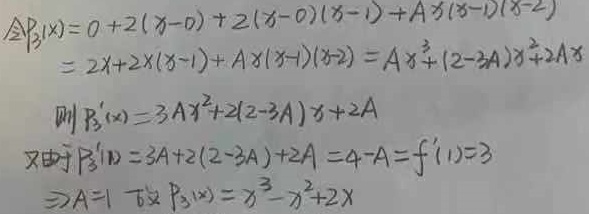
\[
\begin{align*}
\Delta P_3(x)&=0 + 2(x - 0)+2(x - 0)(x - 1)+A x(x - 1)(x - 2)\\
&=2x + 2x(x - 1)+A x(x - 1)(x - 2)\\
&=A x^{3}+(2 - 3A)x^{2}+2A x
\end{align*}
\]
则
\[
P_3^\prime(x)=3A x^{2}+2(2 - 3A)x + 2A
\]
又由\(P_3^\prime(1)=3A + 2(2 - 3A)+2A = 4 - A=f^\prime(1)=3\)，
\(\Rightarrow A = 1\)。故\(P_3(x)=x^{3}-x^{2}+2x\)。